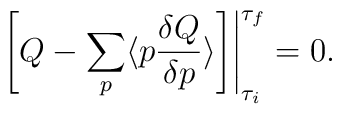
\left.  \left [ Q - \sum _{p} \langle p{\delta Q\over{\delta p}}\rangle \right ] \right | ^{\tau_{f}}_{{\tau_{i}}} =0.